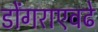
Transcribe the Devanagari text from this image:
डोंगराएवढे